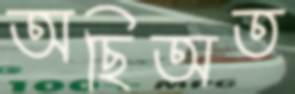
অছিঅত